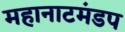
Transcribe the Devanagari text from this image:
महानाटमंडप